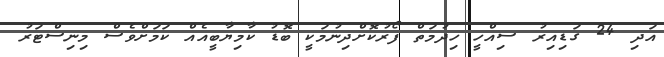
އަދި 24 ގަޑިއިރު ސިއްހީ ހިދުމަތް ފޯރުކޮށްދިނުމަކީ ބޮޑު ކާމިޔާބީއެއް ކަމަށްވެސް މިނިސްޓަރު